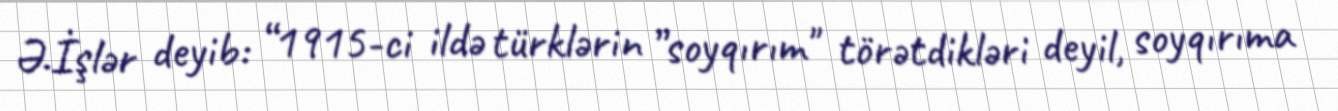
Ə.İşlər deyib: “1915-ci ildə türklərin ”soyqırım" törətdikləri deyil, soyqırıma